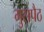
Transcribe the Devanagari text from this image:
गुसपैठ